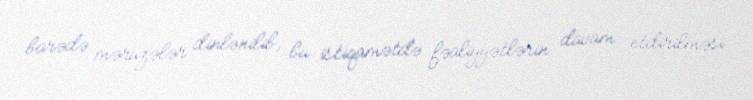
barədə məruzələr dinlənilib, bu istiqamətdə fəaliyyətlərin davam etdirilməsi